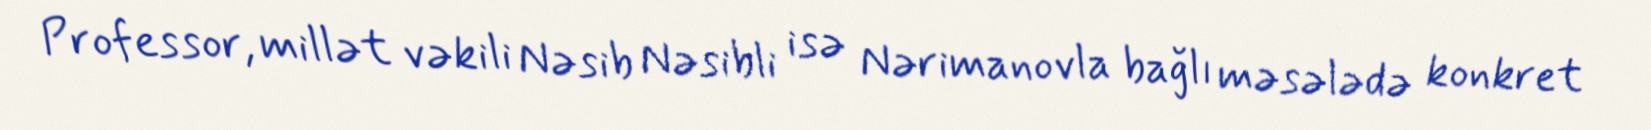
Professor, millət vəkili Nəsib Nəsibli isə Nərimanovla bağlı məsələdə konkret